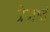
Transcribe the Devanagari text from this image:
प्रेजाते